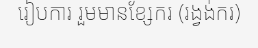
រៀបការ រួមមានខ្សែករ (រង្វង់ករ)